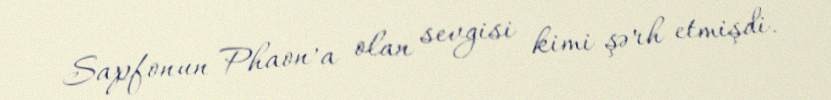
Sapfonun Phaon’a olan sevgisi kimi şərh etmişdi.